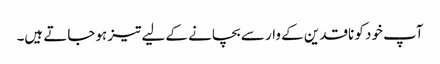
آپ خود کو ناقدین کے وار سے بچانے کے لیے تیز ہوجاتے ہیں۔